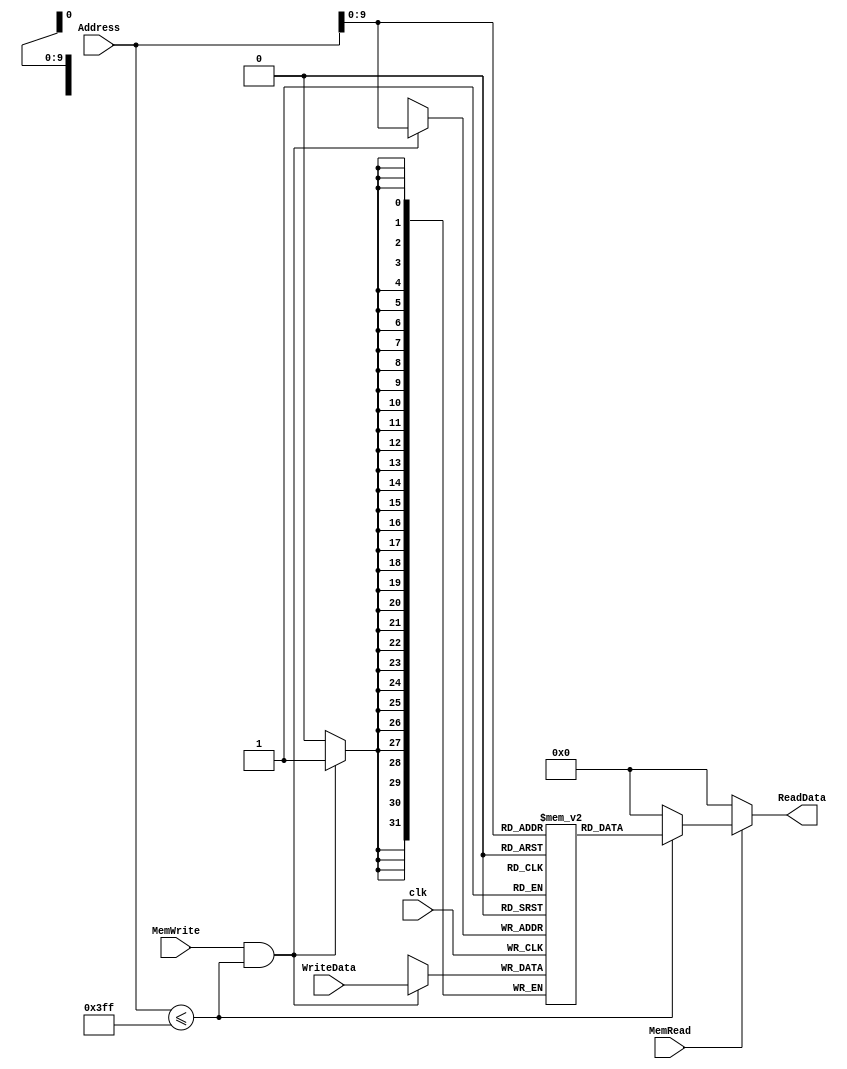
`timescale 1ns / 1ps
//////////////////////////////////////////////////////////////////////////////////
// Company: 
// Engineer: 
// 
// Design Name: 
// Module Name: dataMemory
// Project Name: 
// Target Devices: 
// Tool Versions: 
// Description: 
// 
// Dependencies: 
// 
// Revision:
// Revision 0.01 - File Created
// Additional Comments:
// 
//////////////////////////////////////////////////////////////////////////////////


module dataMemory(
    input [31:0] WriteData,
    input [31:0] Address,
    input MemRead,
    input MemWrite,
    input clk,

    output reg [31:0] ReadData

    );

    reg [31:0] memFile[0:1023];

    always @ (MemRead or Address)
    begin
        if(MemRead)
        begin
            if(Address <= 1023)
                ReadData = memFile[Address];
            else
                ReadData = 0;

        end 
        else
            ReadData = 0;

    end

    always @ (negedge clk)
    begin
        if (MemWrite && Address <= 1023)
            memFile[Address] = WriteData;

    end

endmodule